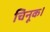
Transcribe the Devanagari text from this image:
चिनूक।